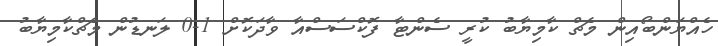
ހެއްޔަންބޯއިން މެޗް ކާމިޔާބު ކުރީ ސެންޓާ ފޮކްސަސްއާ ވާދަކޮށް 1-0 ލަނޑުން މެޗްކާމިޔާބު